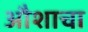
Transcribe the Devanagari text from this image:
औशाचा